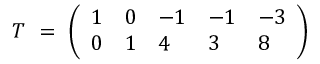
{ \cal T } ~ = ~ \left( \begin{array} { l l l l l } { { 1 } } & { { 0 } } & { { - 1 } } & { { - 1 } } & { { - 3 } } \\ { { 0 } } & { { 1 } } & { { 4 } } & { { 3 } } & { { 8 } } \end{array} \right)